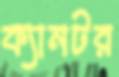
ক্যানটর